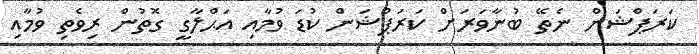
ކަރަޕްޝަން ނެތޭ ބުނާވަރަށް ކަރަޕްޝަން ކުޑަ ވުމާއި އަޙްލާގީ ގޮތުން ރިވެތި ވުމާއި